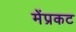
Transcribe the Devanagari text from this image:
मेंप्रकट